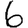
Digit: 6